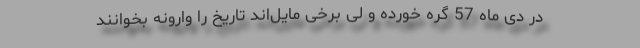
در دی ماه 57 گره خورده و لی برخی مایل‌اند تاریخ را وارونه بخوانند